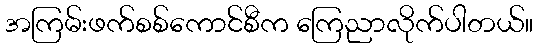
အကြမ်းဖက်စစ်ကောင်စီက ကြေညာလိုက်ပါတယ်။